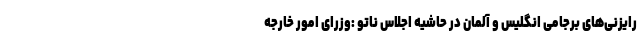
رایزنی‌های برجامی انگلیس و آلمان در حاشیه اجلاس ناتو :وزرای امور خارجه